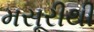
મસૂરીથી